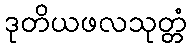
ဒုတိယဖလသုတ္တံ